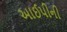
આઈપીની